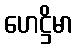
ဟေဋ္ဌိမာ